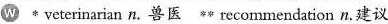
w * veterinarian n.兽医 recommendation n.建议